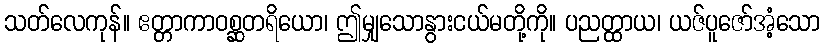
သတ်လေကုန်။ ဧတ္တာကာဝစ္ဆတရိယော၊ ဤမျှသောနွားငယ်မတို့ကို။ ပညတ္ထာယ၊ ယဇ်ပူဇော်အံ့သော